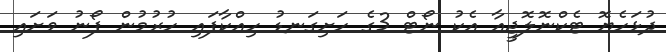
ދުޅަހެޔޮ ޓެކްނޮލޮޖީއާ އެކު ނޯޓް 3ގެ ހަށިގަނޑު ހިއްކާފައި ހުރުމުން ފޯނު ވަށައި